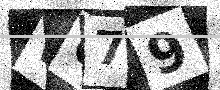
Text: WU79